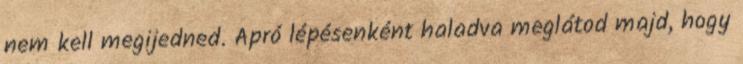
nem kell megijedned. Apró lépésenként haladva meglátod majd, hogy